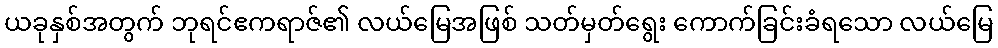
ယခုနှစ်အတွက် ဘုရင်ဧကရာဇ်၏ လယ်မြေအဖြစ် သတ်မှတ်ရွေး ကောက်ခြင်းခံရသော လယ်မြေ